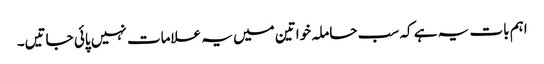
اہم بات یہ ہے کہ سب حاملہ خواتین میں یہ علامات نہیں پائی جاتیں۔